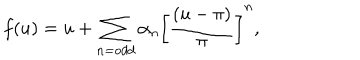
f ( u ) = u + \sum _ { n = o d d } \alpha _ { n } \left[ \frac { ( u - \pi ) } { \pi } \right] ^ { n } ,